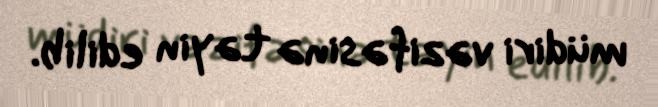
müdiri vəzifəsinə təyin edilib.